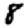
Digit: 8